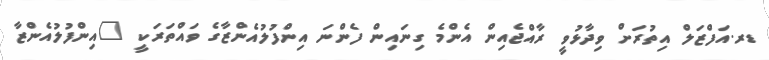
ޑރ.އަފްޒަލް އިތުރަށް ވިދާޅުވީ ރާއްޖެއިން އެންމެ ގިނައިން ފެންނަ އިންފުލުއެންޒާގެ ވައްތަރަކީ "އިންފުލުއެންޒާ